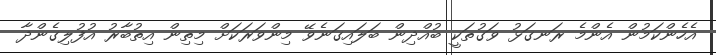
އެހެންކަމުން އެންމެ ރަނގަޅު ވަގުތަކީ ބުއްދިން ބަލައިގަނެވޭ މިންވަރަކަށް މިތިން އިތުބާރު އުފުލިގެންދާ